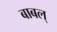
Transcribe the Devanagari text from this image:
बाबल्